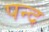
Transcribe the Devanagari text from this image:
पन्द